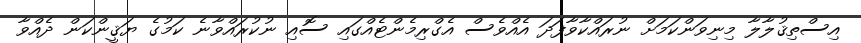
އިސްތިޤުލާލާ މިނިވަންކަމަށް ނުރައްކާވާފަދަ އެއްވެސް އެގްރިމެންޓެއްގައި ސޮއި ނުކުރައްވާނެ ކަމުގެ ޔަޤީންކަން ދެއްވާ